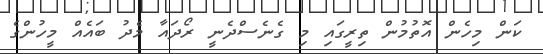
ކަން މިހެން އޮތުމުން ތިރީގައި މި ގެނެސްދެނީ ރޯދައާ މެދު ބައެއް މީހުންގެ